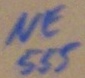
Text: NE555